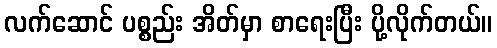
လက်ဆောင် ပစ္စည်း အိတ်မှာ စာရေးပြီး ပို့လိုက်တယ်။